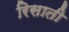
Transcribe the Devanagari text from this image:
रिसाती